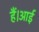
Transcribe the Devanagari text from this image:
हैं।आई